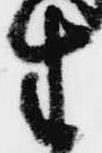
生